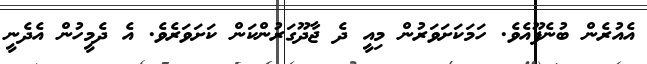
އެއުރެން ބުނެފޫއެވެ. ހަމަކަށަވަރުން މިއީ ދެ ޖާދޫގަރުންކަން ކަށަވަރެވެ. އެ ދެމީހުން އެދެނީ